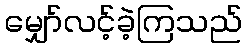
မျှော်လင့်ခဲ့ကြသည်